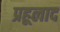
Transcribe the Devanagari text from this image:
प्रहूलाद